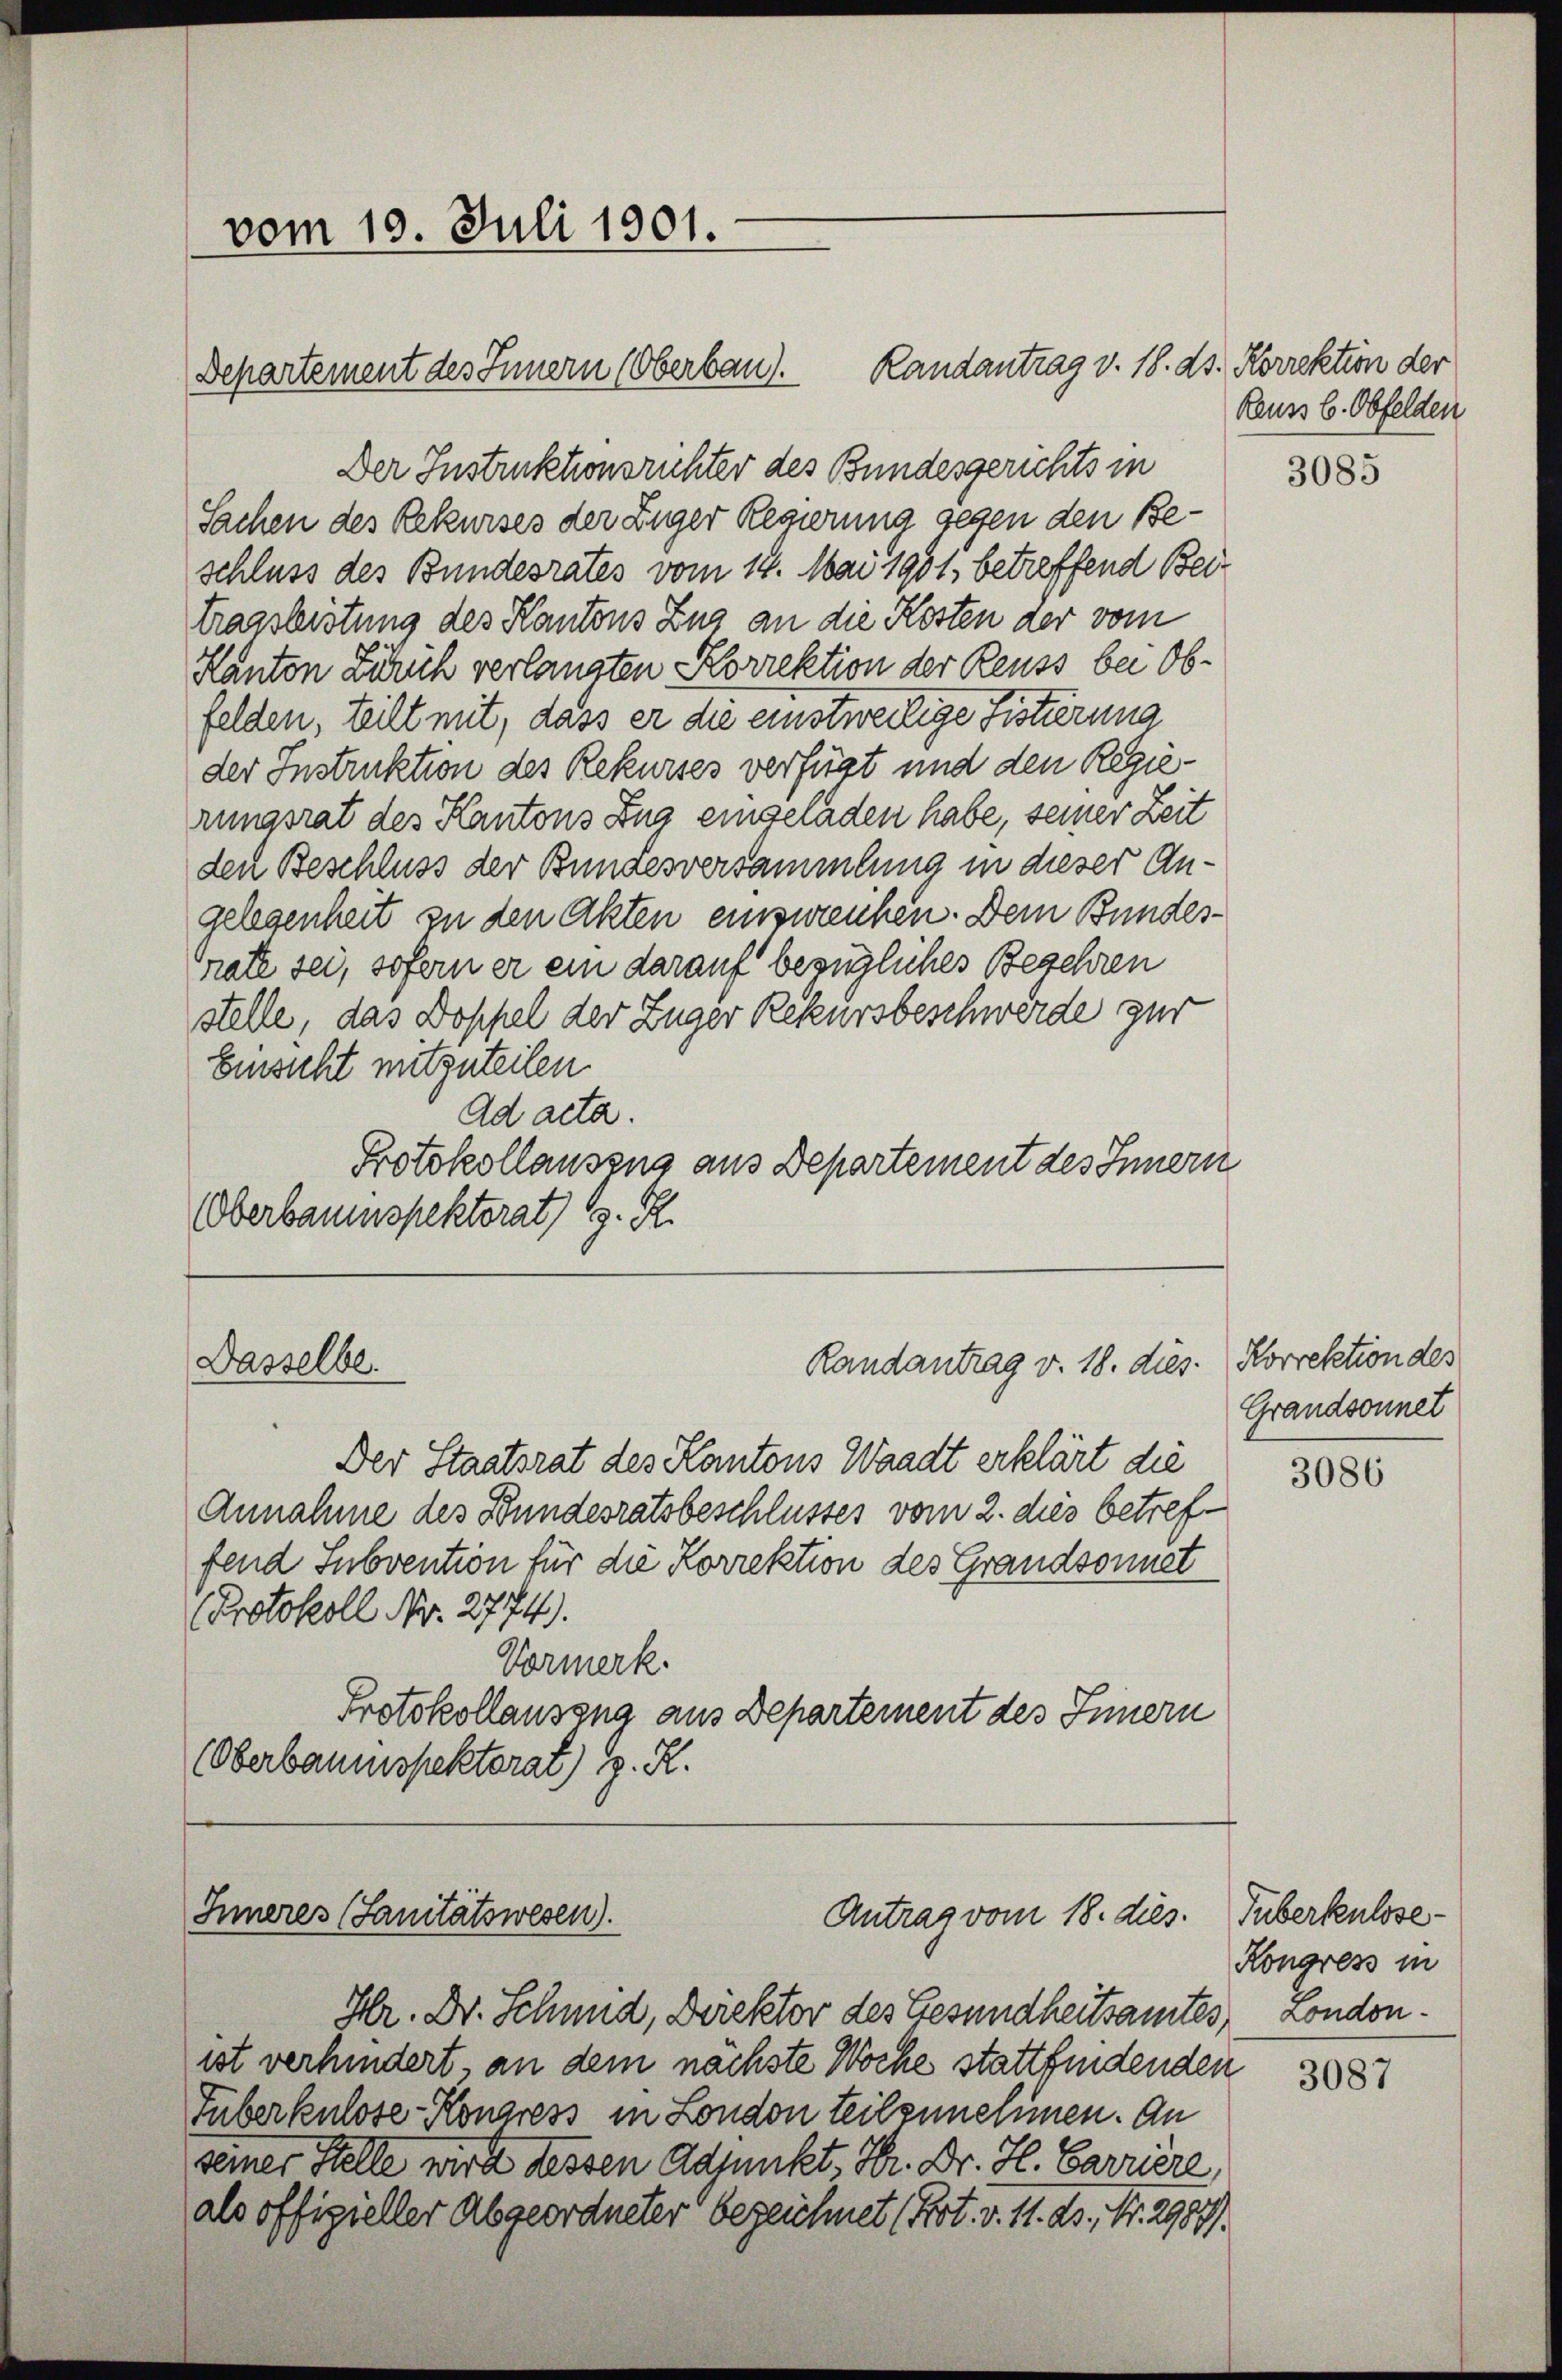
Dasselbe.

vom 10. Juli 1901.

Departement des Innern (Oberbau). Randantrag v. 18. ds. Korrektion der
Der Instruktionsrichter des Bundesgerichts in
Sachen des Rekurses der Ziger Regierung gegen den Beschluss des Bundesrates vom 14. Mai 1901 betreffend Beitragslistung des Kantons Zug an die Kosten der vom
Kanton Zürich verlangten Korrektion der Reuss bei Obfelden, teilt mit, dass er die einstweilige Fistierung
der Instruktion des Rekurses verfügt und den Regierungsrat des Kantons Zug eingeladen habe, seiner Zeit
den Beschluss der Bundesversammlung in dieser Angelegenheit zu den Akten einswrenken. Dem Bundes¬
Grate sei, sofern er ein darauf bezügliches Begehren
stelle, das Doppel der Züger Rekursbeschwerde zur
Einsicht mitzuteilen.
Ad acta.
Protokollausens aus Departement des Innern
Oberbaumspektorat) S. R.

Randantrag v. 18. dies

Der Staatsrat des Kantons Waadt erklärt die
Annahme des Bundesratsbeschlusses vom 2. dies betreffend Subvention für die Korrektion des Grandsonnet
Protokoll Nr. 2774).
Vormerk.
Protokollaussna aus Departement des Innern
(Oberbaumspektorat) z. R.

Inneres (Sanitätswesen).
Antrag vom 18. dies.

Reuss b. Obfelden

3085

Korrektion des
Grandsonnet

Hr. Dr. Schmid, Direktor des Gesundheitsamtes, London.
ist verhindert an dem nächste Woche stattfindenden
Guberkulose Kongress in London teilzunehmen. An
seiner Stelle wird dessen Adjunkt, Hr. Dr. H. Barriere
als offizieller Abgeordneter bezeichnet (Pot. v. 11. ds., Nr. 2987/

3086

Tuberkulose
Kongress in

3087